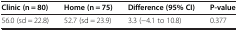
| Clinic (n = 80) | Home (n = 75) | Difference (95% CI) | P-value |
 | --- | --- | --- | --- |
 | 56.0 (sd = 22.8) | 52.7 (sd = 23.9) | 3.3 (−4.1 to 10.8) | 0.377 |